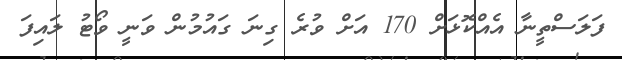
ފަލަސްތީނާ އެއްކޮޅަށް 170 އަށް ވުރެ ގިނަ ގައުމުން ވަނީ ވޯޓު ލައިފަ